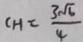
C H = \frac { 3 \sqrt { 6 } } { 4 }